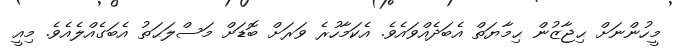
މީހުންނަށް ޙިޖާޒުން ޙިމާޔަތް އެބަދެއްވައެވެ. އެކަމާހުރެ ވަރަށް ބޮޑަށް މަސްލަޙަތު އެބަގެއްލެއެވެ. މިއީ